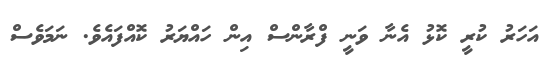
އަހަރު ކުރީ ކޮޅު އެނާ ވަނީ ފްރާންސް އިން ހައްޔަރު ކޮއްފައެވެ. ނަމަވެސް